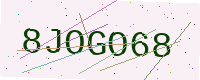
Text: 8JOGO68